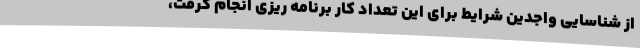
از شناسایی واجدین شرایط برای این تعداد کار برنامه ریزی انجام گرفت،